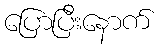
ပြောပြီးနောက်